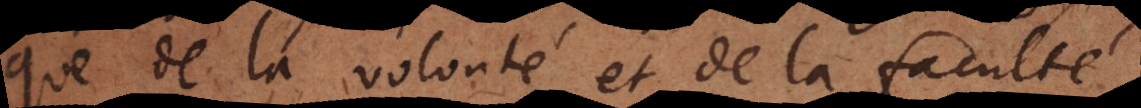
que de la volonté et de la faculté